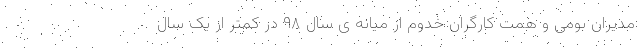
مدیران بومی و همت کارگران خدوم از میانه ی سال ۹۸ در کمتر از یک سال